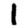
Digit: 1